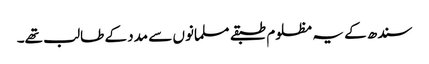
سندھ کے یہ مظلوم طبقے مسلمانوں سے مدد کے طالب تھے۔